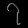
Digit: ၇